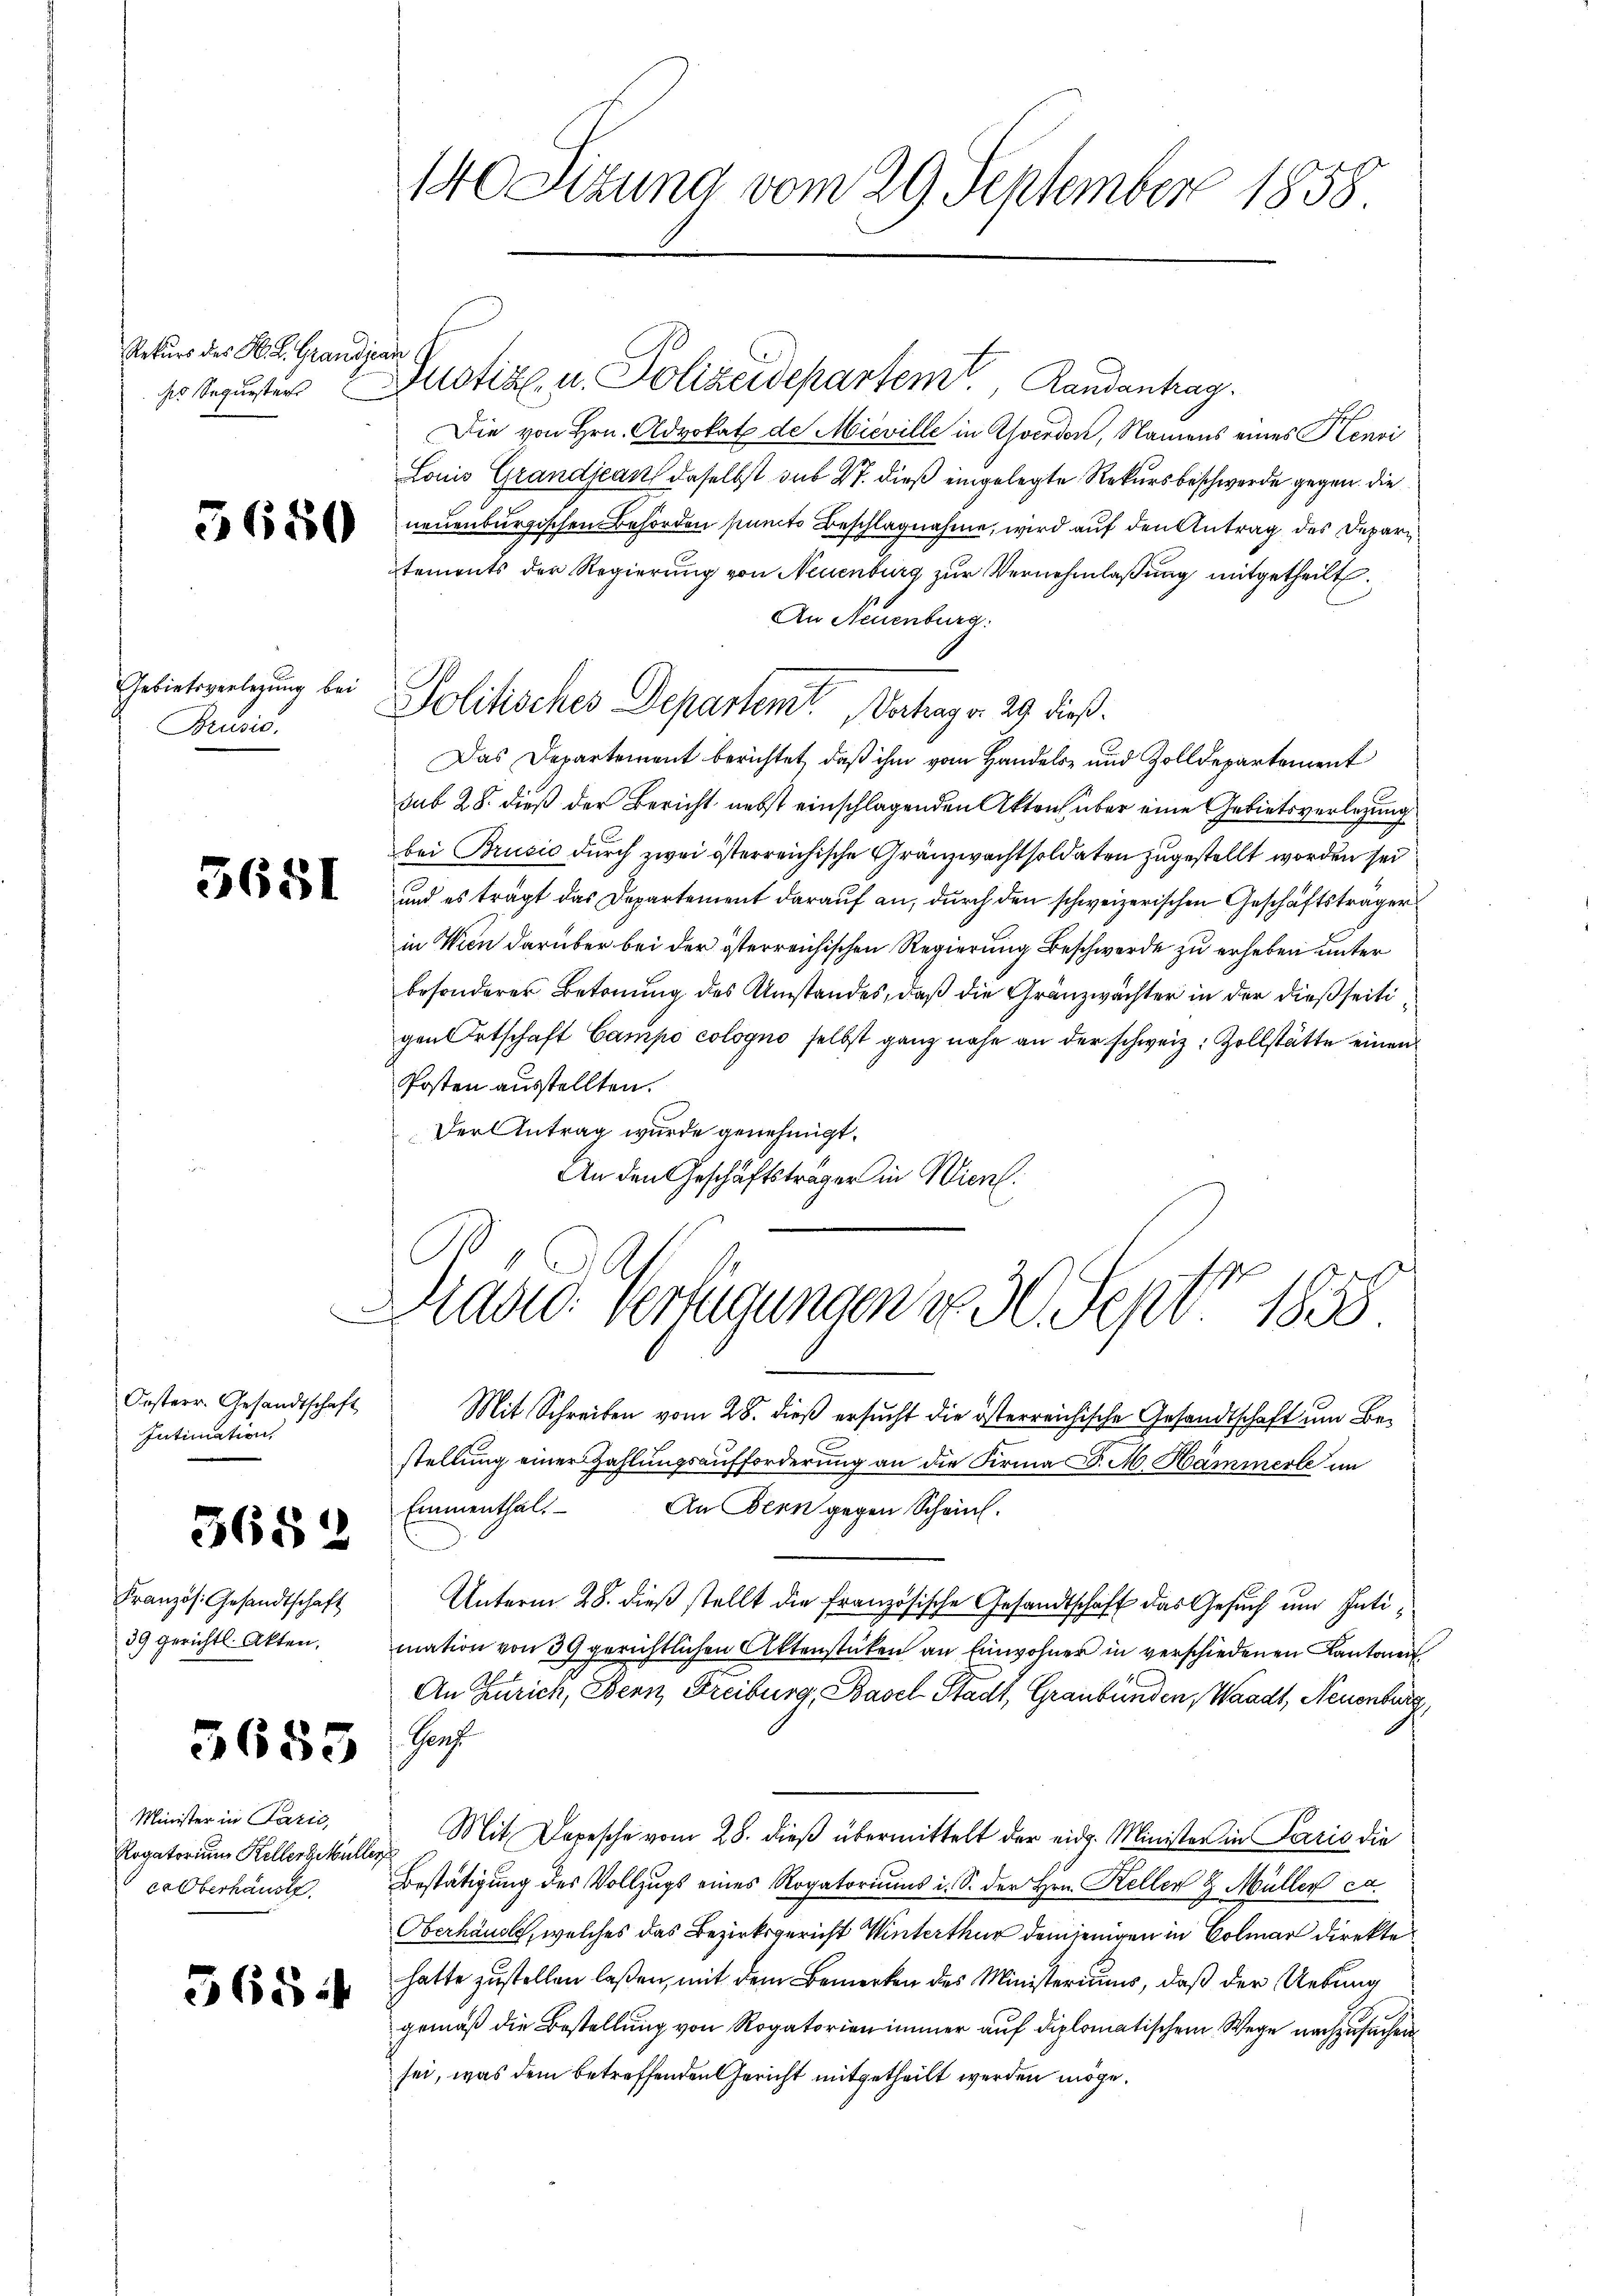
Rekurs des H. S. Grandjean
sr Sequesters

Gebietsverlegung bei
Brusis.

5651

Orsterr. Gesandtschaft
Intimation

Französ. Gesandtschaft
39 gerichtl. Akten.

3682

5685

Minister in Pazić,
Rogatorium Kellers Müller
ca Oberhauste

565

140 Sitzung vom 29. September 1858

Justiz u. Polizeidepartem Randantrag.
Die von Hrn. Advokat de Mieville in Gsverdon, Namens eines Kenvi
Louis Grandjean, daselbst sub 27. dieß eingelegte Rekursbeschwerde gegen. Die
 neuenburgischen Behörden samts Beschlagnahme, wird auf den Antrag des Departements der Regierung von Neuenburg zur Vernehmlassung mitgetheilt.
An Neuenburg.
Das Departement berichtet, daß ihm vom Handels- und Zolldepartement
sub 28. dieß der Bericht nebst einschlagenden Akten über eine Gebietsverlegung
bei Brusio durch zwei österreichische Gränzwachtsoldaten zugestellt worden sei
und es trägt das Departement darauf an, durch den schweizerischen Geschäftsträger
in Wien darüber bei der österreichischen Regierung Beschwerde zu erheben unter
besonderer Betonung des Umstandes, daß die Gränzwächter in der dießseitigen Ortschaft Campo cologno selbst ganz nahe an der schweiz. Zollstätte einen
Posten ausstellten.
Der Antrag wurde genehmigt.
An den Geschäftsträger in Wien.
Präsid. Fertigungen v. 30. Sept. 1858.
Mit Schreiben vom 28. dieß ersucht die österreichische Gesandtschaft um Bestellung einer Zahlungsaufforderung an die Firma d. M. Hämmerle im
Emmenthal. An Bern gegen Schein.
Unterm 28. dieß stellt die Französische Gesandtschaft das Gesuch und Intimation von 39 gerichtlichen Aktenstüken an Einwohner in verschiedenen Kantonen
An Zürich, Bern, Freiburg, Basel Stadt, Graubünden, Waadt, Neuenburg,
Graf
Mit Depesche vom 28. dieß übermittelt der eidg. Minister in Paris die
Bestätigung des Vollzugs eines Rogatoriums i. S. der Hrn. Keller & Müller et.
Oberhandle, welches das Bezirksgericht Winterthur demjenigen in Colmar direkte
hatte zustellen laßen, mit dem Bemerken des Ministeriums, daß der Uebung
gemäß die Bestellung von Rogatorien immer auf diplomatischem Wege nachzusuchen
sei, was dem betreffenden Gericht mitgetheilt werden möge.

Politisches Departemt. Vertrag v. 29 dieß.